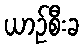
ယာဉ်စီးခ